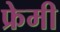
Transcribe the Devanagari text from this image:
फ्रेमी